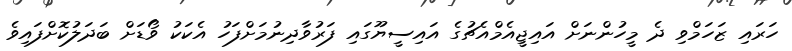
ހަރައި ޒަހަމްވި ދެ މީހުންނަށް އައިޖީއެމްއެޗުގެ އައިސީޔޫގައި ފަރުވާދިނުމަށްފަހު އެކަކު ވޯޑަށް ބަދަލުކޮށްފައިވެ